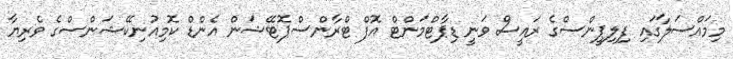
މިމައްސަލާގައި ފިލިޕީންސްގެ ރައީސް ވަނީ ޑިޕާޓްމަންޓް އޮފް ޓްރާންސްޕޮޓޭޝަން އެންޑް ކޮމިއުނިކޭޝަންސްގެ ވެރިޔާ